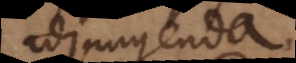
adjungenda.